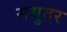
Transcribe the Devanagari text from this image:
समुदर